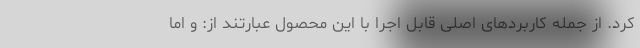
کرد. از جمله کاربردهای اصلی قابل اجرا با این محصول عبارتند از: و اما